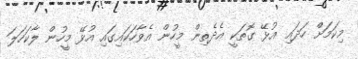
މިކަމަށް ހަދައި އުޅޭ ގޮތަކީ އެދެތިން މީހުން އެވާހަކައިގައި އުޅޭ މީހުން ލާކަހަލަ